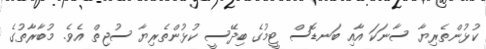
ކުޅުންތެރިޔާ ސާނަކަ އާއި ބަނޑޮސް ޓީމުގެ ބިދޭސީ ކުޅުންތެރިޔާ ސުޖިތް އެވެ. މުބާރާތުގެ